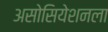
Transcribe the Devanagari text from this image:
असोसियेशनला